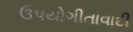
ઉપયોગીતાવાદી